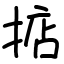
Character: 掂